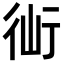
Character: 𧗣